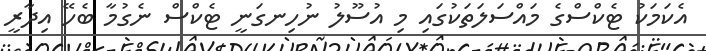
އެކަމަކު ޓެކްސްގެ މައްސަލަތަކުގައި މި އުސޫލު ނުހިނގަނީ ޓެކްސް ނެގުމާ ބެހޭ އިދާރީ